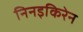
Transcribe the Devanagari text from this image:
निनइकिरेन